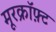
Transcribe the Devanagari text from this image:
मूरक्रॉफ़्ट